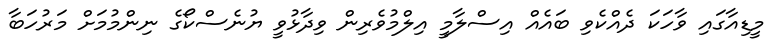
މީޑިއާގައި ވާހަކަ ދެއްކެވި ބައެއް އިސްލާމީ އިލްމުވެރިން ވިދާޅުވީ ޔުނެސްކޯގެ ނިންމުމަށް މަރުހަބާ